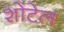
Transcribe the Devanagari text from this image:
शोंटेल